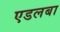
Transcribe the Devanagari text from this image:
एडलबा